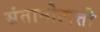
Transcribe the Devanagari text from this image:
संतानोत्पत्ती